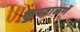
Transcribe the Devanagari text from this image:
कुरवाळणें